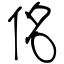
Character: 佲